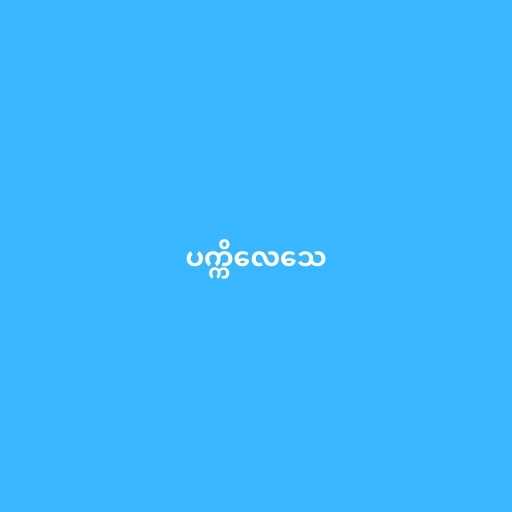
ပက္ကိလေသေ